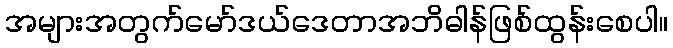
အများအတွက်မော်ဒယ်ဒေတာအဘိဓါန်ဖြစ်ထွန်းစေပါ။